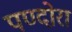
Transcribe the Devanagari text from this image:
पण्दोरा